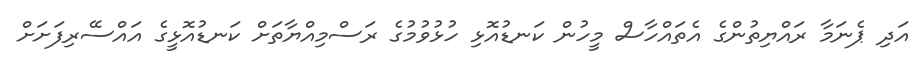
އަދި ޕެނަމާ ރައްޔިތުންގެ އެތައްހާސް މީހުން ކަނޑުއޮޅި ހުޅުވުމުގެ ރަސްމިއްޔާތަށް ކަނޑުއޮޅީގެ އައްސޭރިފަށަށް